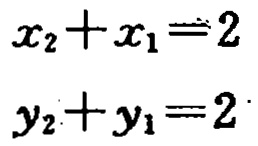
\(x_{2}+x_{1}=2\)

\(y_{2}+y_{1}=2\)